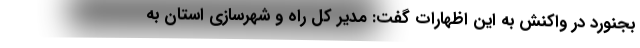
بجنورد در واکنش به این اظهارات گفت: مدیر کل راه و شهرسازی استان به